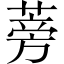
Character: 蒡